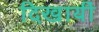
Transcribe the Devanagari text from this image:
दिखायीं